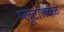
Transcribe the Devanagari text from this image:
प्लूटोजवळ